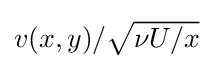
{\textstyle v(x,y)/{\sqrt {\nu U/x}}}